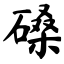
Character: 磉